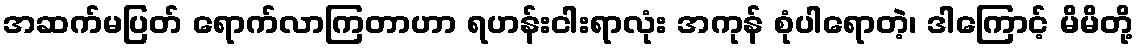
အဆက်မပြတ် ရောက်လာကြတာဟာ ရဟန်းငါးရာလုံး အကုန် စုံပါရောတဲ့၊ ဒါကြောင့် မိမိတို့